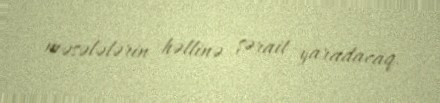
məsələlərin həllinə şərait yaradacaq.